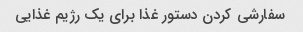
سفارشی کردن دستور غذا برای یک رژیم غذایی